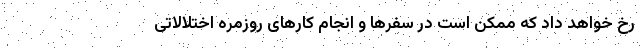
رخ خواهد داد که ممکن است در سفرها و انجام کارهای روزمره اختلالاتی